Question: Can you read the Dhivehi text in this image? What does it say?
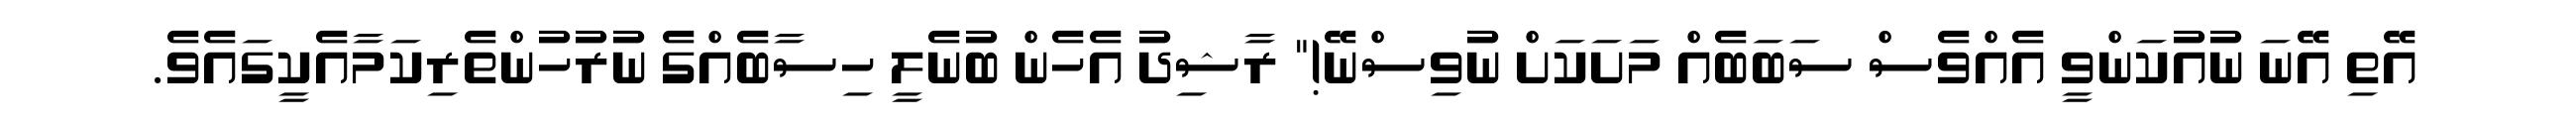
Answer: އޭތި އޭނަ ނުއުކަންވީ އެއްވެސް ސަބަބެއް މަށަކަށް ނުވިސްނޭ!" ރާޝިދު އެހެން ބުނެލީ ހިސާބެއްގެ ނުރުހުންތެރިކަމާއެކީގައެވެ.